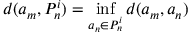
d ( a _ { m } , P _ { n } ^ { i } ) = \operatorname* { i n f } _ { a _ { n } \in P _ { n } ^ { i } } d ( a _ { m } , a _ { n } )